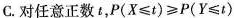
C.对任意正数t，$$P ( X ≤ t ) ≥ P ( Y ≤ t )$$